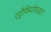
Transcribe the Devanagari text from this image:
एट्रैकियोफ़ाइटा